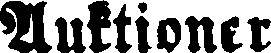
Auktioner